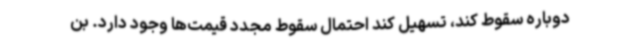
دوباره سقوط کند، تسهیل کند احتمال سقوط مجدد قیمت‌ها وجود دارد. بن